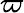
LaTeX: \varpi